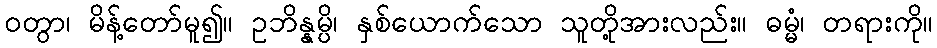
ဝတွာ၊ မိန့်တော်မူ၍။ ဥဘိန္နမ္ပိ၊ နှစ်ယောက်သော သူတို့အားလည်း။ ဓမ္မံ၊ တရားကို။